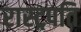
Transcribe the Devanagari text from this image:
रास्ट्रपति